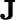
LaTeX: \textbf{J}